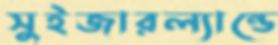
সুইজারল্যান্ডে